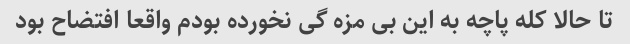
تا حالا کله پاچه به این بی مزه گی نخورده بودم واقعا افتضاح بود